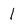
Character: I